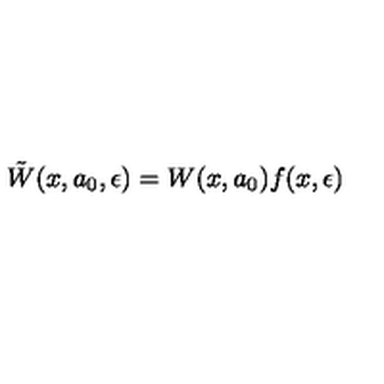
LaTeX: \tilde { W } ( x , a _ { 0 } , \epsilon ) = W ( x , a _ { 0 } ) f ( x , \epsilon )